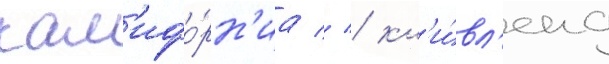
кал'ифо́рн'иа // / кл'и́вл'енд